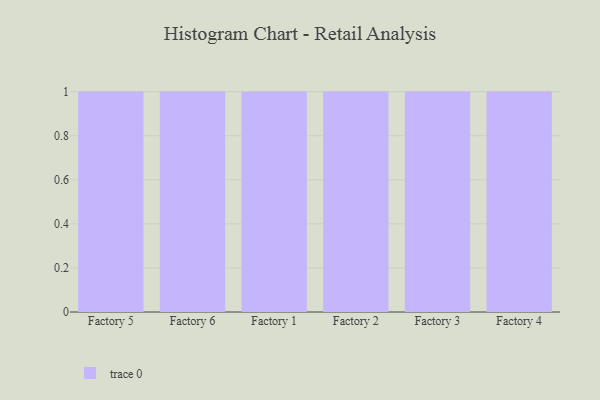
{"axis": {"x": "Factory", "y": "Backlog"}, "legend": [""], "data": [{"x": "Factory 5", "y": 8, "type": ""}, {"x": "Factory 6", "y": 69, "type": ""}, {"x": "Factory 1", "y": 21, "type": ""}, {"x": "Factory 2", "y": 66, "type": ""}, {"x": "Factory 3", "y": 89, "type": ""}, {"x": "Factory 4", "y": 47, "type": ""}]}